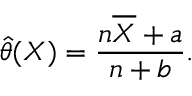
{ \widehat { \theta } } ( X ) = { \frac { n { \overline { { X } } } + a } { n + b } } .